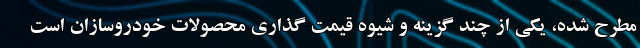
مطرح شده، یکی از چند گزینه و شیوه قیمت گذاری محصولات خودروسازان است